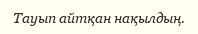
Тауып айтқан нақылдың.